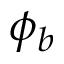
\phi _ { b }